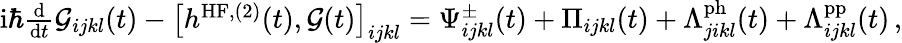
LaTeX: \begin{array}{r}{\mathrm{i}\hbar\frac{\mathrm{d}}{\mathrm{d}t}\mathcal{G}_{ijkl}(t)-\left[h^{\mathrm{HF},(2)}(t),\mathcal{G}(t)\right]_{ijkl}=\Psi_{ijkl}^{\pm}(t)+\Pi_{ijkl}(t)+\Lambda_{jikl}^{\mathrm{ph}}(t)+\Lambda_{ijkl}^{\mathrm{pp}}(t)\, ,}\end{array}